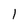
Character: 1